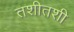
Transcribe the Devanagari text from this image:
तशीतशी